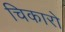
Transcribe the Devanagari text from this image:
चिकारो